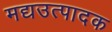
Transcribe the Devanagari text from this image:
मद्यउत्पादक